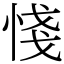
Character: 㥇